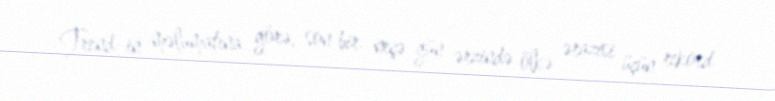
Trend-in məlumatına görə, son bir neçə gün ərzində ölkə ərazisi üçün rekord